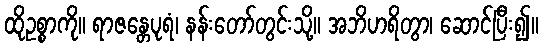
ထိုဥစ္စာကို။ ရာဇန္တေပုရံ၊ နန်းတော်တွင်းသို့။ အဘိဟရိတွာ၊ ဆောင်ပြီး၍။